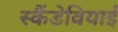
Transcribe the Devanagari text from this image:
स्कैंडेवियाई